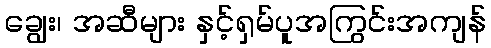
ချွေး၊ အဆီများ နှင့်ရှမ်ပူအကြွင်းအကျန်